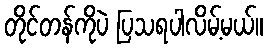
တိုင်တန်ကိုပဲ ပြသရပါလိမ့်မယ်။